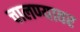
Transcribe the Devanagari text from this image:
चालण्यावर